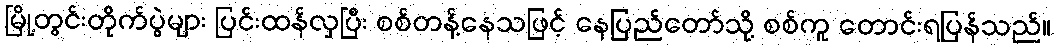
မြို့တွင်းတိုက်ပွဲများ ပြင်းထန်လှပြီး စစ်တန့်နေသဖြင့် နေပြည်တော်သို့ စစ်ကူ တောင်းရပြန်သည်။